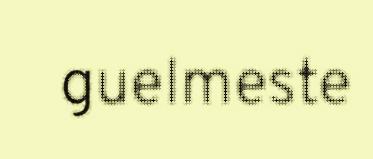
guelmeste